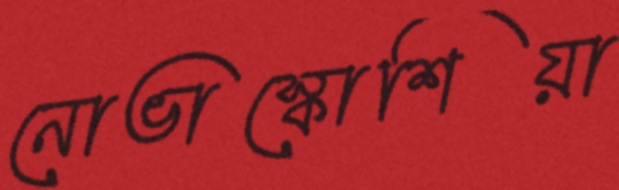
নোভাস্কোশিয়া